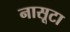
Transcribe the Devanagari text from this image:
नासूटा